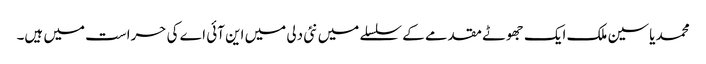
محمد یاسین ملک ایک جھوٹے مقدمے کے سلسلے میں نئی دلی میں این آئی اے کی حراست میں ہیں۔